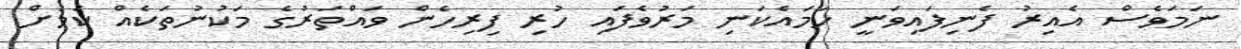
ނަމަވެސް އެއިރު ފެނިފައިވަނީ ހަމައެކަނި މަރުވެފައި ހުރި ފިރިހެން ވައްތަރުގެ މަކުނުތަކެއް ކަމަށް